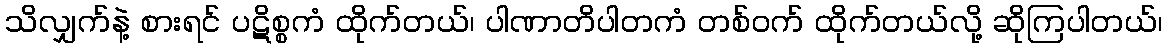
သိလျှက်နဲ့ စားရင် ပဋိစ္စကံ ထိုက်တယ်၊ ပါဏာတိပါတကံ တစ်ဝက် ထိုက်တယ်လို့ ဆိုကြပါတယ်၊